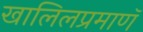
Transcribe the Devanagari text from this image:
खालिलप्रमाणॅ